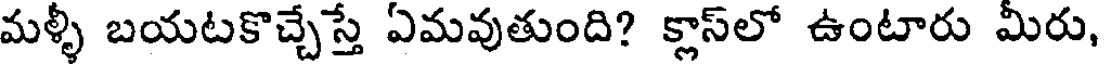
మళ్ళీ బయటకొచ్చేస్తే ఏమవుతుంది? క్లాస్లో ఉంటారు మీరు,